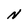
Character: N